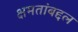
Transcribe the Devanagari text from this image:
क्षमतांबद्दल